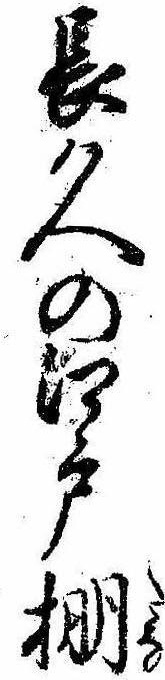
長久の江戸棚